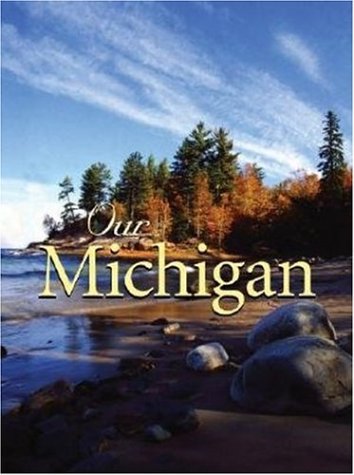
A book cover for Our Michigan; Voyageur Press; Travel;